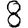
Digit: 8